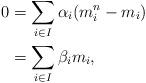
LaTeX: \begin{align*} 0 &= \sum_{i\in I} \alpha_i (m_i^n - m_i) \\ &= \sum_{i\in I} \beta_i m_i,\end{align*}